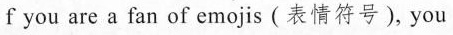
f you are a fan of emojis(表情符号), you